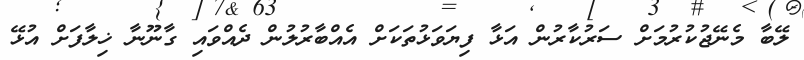
ލޭބާ މެނޭޖުކުރުމަށް ސަރުކާރުން އަޅާ ފިޔަވަޅުތަކަށް އެއްބާރުލުން ދެއްވައި ގާނޫނާ ޚިލާފަށް އުޅޭ